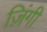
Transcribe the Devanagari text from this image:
ज़िंगी